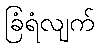
ခြံရံလျက်